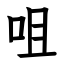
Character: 咀